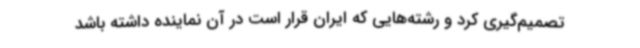
تصمیم‌گیری کرد و رشته‌هایی که ایران قرار است در آن نماینده داشته باشد